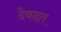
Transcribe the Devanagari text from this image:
देवदत